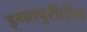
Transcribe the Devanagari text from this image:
इगतपुरीतील